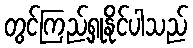
တွင်ကြည့်ရှုနိုင်ပါသည်